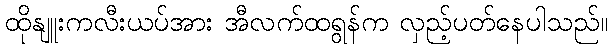
ထိုနျူးကလီးယပ်အား အီလက်ထရွန်က လှည့်ပတ်နေပါသည်။